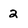
Character: 2